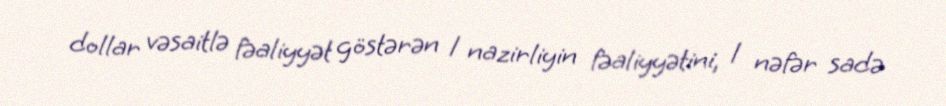
dollar vəsaitlə fəaliyyət göstərən 1 nazirliyin fəaliyyətini, 1 nəfər sadə